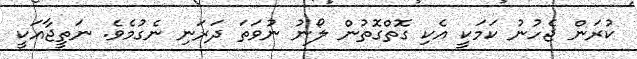
ކުރަން ޖެހުނު ކަމަކީ އެކި ގޮތްގޮތުން ލޯނު ނުވަތަ ދަރަނި ނެގުމެވެ. ނަތީޖާއަކީ